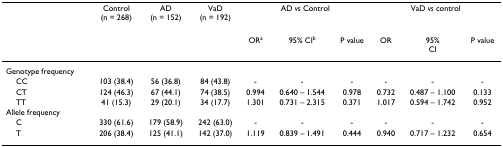
|  | Control(n = 268) | AD(n = 152) | VaD(n = 192) | <COLSPAN=3> AD vs Control | <COLSPAN=3> VaD vs control |
 |  |  |  |  | ORa | 95% CIb | P value | OR | 95%CI | P value |
 | --- | --- | --- | --- | --- | --- | --- | --- | --- | --- |
 | Genotype frequency |  |  |  |  |  |  |  |  |  |
 | CC | 103 (38.4) | 56 (36.8) | 84 (43.8) | - | - | - | - | - | - |
 | CT | 124 (46.3) | 67 (44.1) | 74 (38.5) | 0.994 | 0.640 – 1.544 | 0.978 | 0.732 | 0.487 – 1.100 | 0.133 |
 | TT | 41 (15.3) | 29 (20.1) | 34 (17.7) | 1.301 | 0.731 – 2.315 | 0.371 | 1.017 | 0.594 – 1.742 | 0.952 |
 | Allele frequency |  |  |  |  |  |  |  |  |  |
 | C | 330 (61.6) | 179 (58.9) | 242 (63.0) | - | - | - | - | - | - |
 | T | 206 (38.4) | 125 (41.1) | 142 (37.0) | 1.119 | 0.839 – 1.491 | 0.444 | 0.940 | 0.717 – 1.232 | 0.654 |